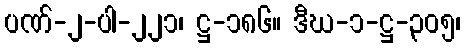
ပဏ်-၂-ပါ-၂၂၁၊ ဋ္ဌ-၁၈၆။ ဒီဃ-၁-ဋ္ဌ-၃၀၅၊